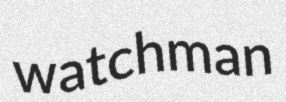
watchman